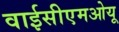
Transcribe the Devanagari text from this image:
वाईसीएमओयू